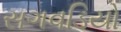
સગવડિયો